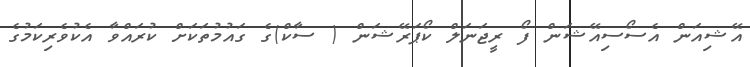
އޭޝިއަން އެސޯސިއޭޝަން ފޯ ރީޖަނަލް ކޯޕަރޭޝަން ( ސާކް)ގެ ގައުމުތަކަށް ކުރައްވާ އެކުވެރިކަމުގެ